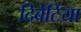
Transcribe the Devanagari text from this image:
दिबेटिया